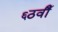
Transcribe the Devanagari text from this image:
६ठवीँ